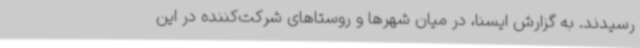
رسیدند. به گزارش ایسنا، در میان شهرها و روستاهای شرکت‌کننده در این